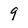
Character: 9